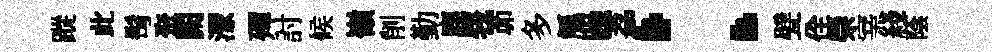
蹤此髩聚闕潈殫討候嶺削勤鹿峩茆多觚躁荔：甓佺禜宰綫蔭